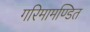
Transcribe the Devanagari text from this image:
गरिमामण्डित